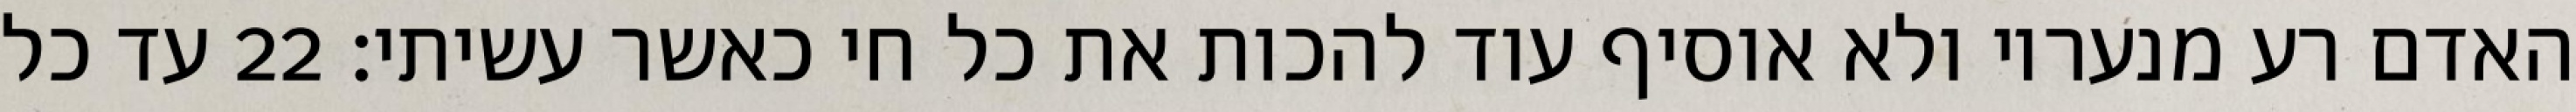
האדם רע מנעריו ולא אוסיף עוד להכות את כל חי כאשר עשיתי׃ ‎22‏ עד כל